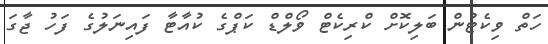
ހަތް ވިކެޓުން ބަލިކޮށް ކްރިކެޓް ވޯލްޑް ކަޕްގެ ކުއާޓާ ފައިނަލުގެ ފަހު ޖާގަ